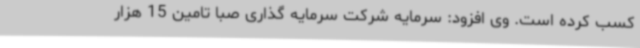
کسب کرده است. وی افزود: سرمایه شرکت سرمایه گذاری صبا تامین 15 هزار